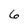
Character: 6